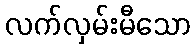
လက်လှမ်းမီသော